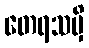
တေရသမှိ